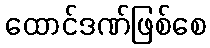
ထောင်ဒဏ်ဖြစ်စေ